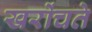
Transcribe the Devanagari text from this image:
खरोंचते